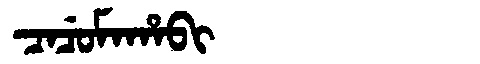
Manchu: ᠴᠠᠴᡠᠮᠠᡥᠠᠪᡳ
Romanization: CACUMAHABI